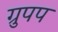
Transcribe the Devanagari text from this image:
ग्रुपप